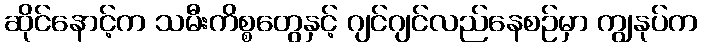
ဆိုင်နောင့်က သမီးကိစ္စတွေနှင့် ဂျင်ဂျင်လည်နေစဉ်မှာ ကျွနုပ်က